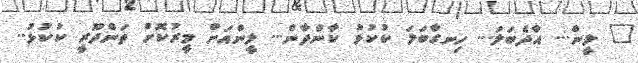
" ލީން... އާދެބަލަ... ހިނގާބަލަ ކުކުޅު ކާންދާން... ލީންއަށް މީރުކޮށް ތަންދޫރީ ކުކުޅު..